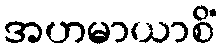
အဟမာယာစိံ